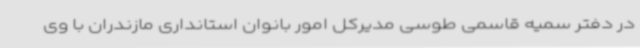
در دفتر سمیه قاسمی طوسی مدیرکل امور بانوان استانداری مازندران با وی